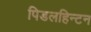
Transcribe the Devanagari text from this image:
पिडलहिन्टन